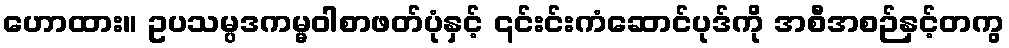
ဟောထား။ ဥပသမ္ပဒကမ္မဝါစာဖတ်ပုံနှင့် ၎င်းင်းကံဆောင်ပုဒ်ကို အစီအစဉ်နှင့်တကွ